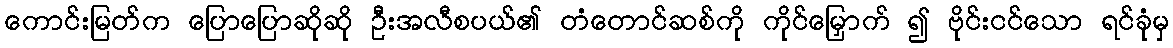
ကောင်းမြတ်က ပြောပြောဆိုဆို ဦးအလီစပယ်၏ တံတောင်ဆစ်ကို ကိုင်မြှောက် ၍ ဗိုင်းငင်သော ရင်ခုံမှ